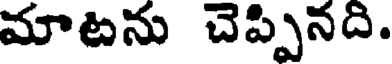
మాటను చెప్పినది.